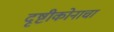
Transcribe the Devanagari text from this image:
दृष्टीकोनाचा